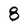
Character: 8